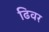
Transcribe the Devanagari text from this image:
ढिवर